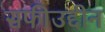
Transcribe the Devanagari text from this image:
सफीउद्दीन